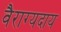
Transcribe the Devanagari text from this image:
वैराग्यदाय